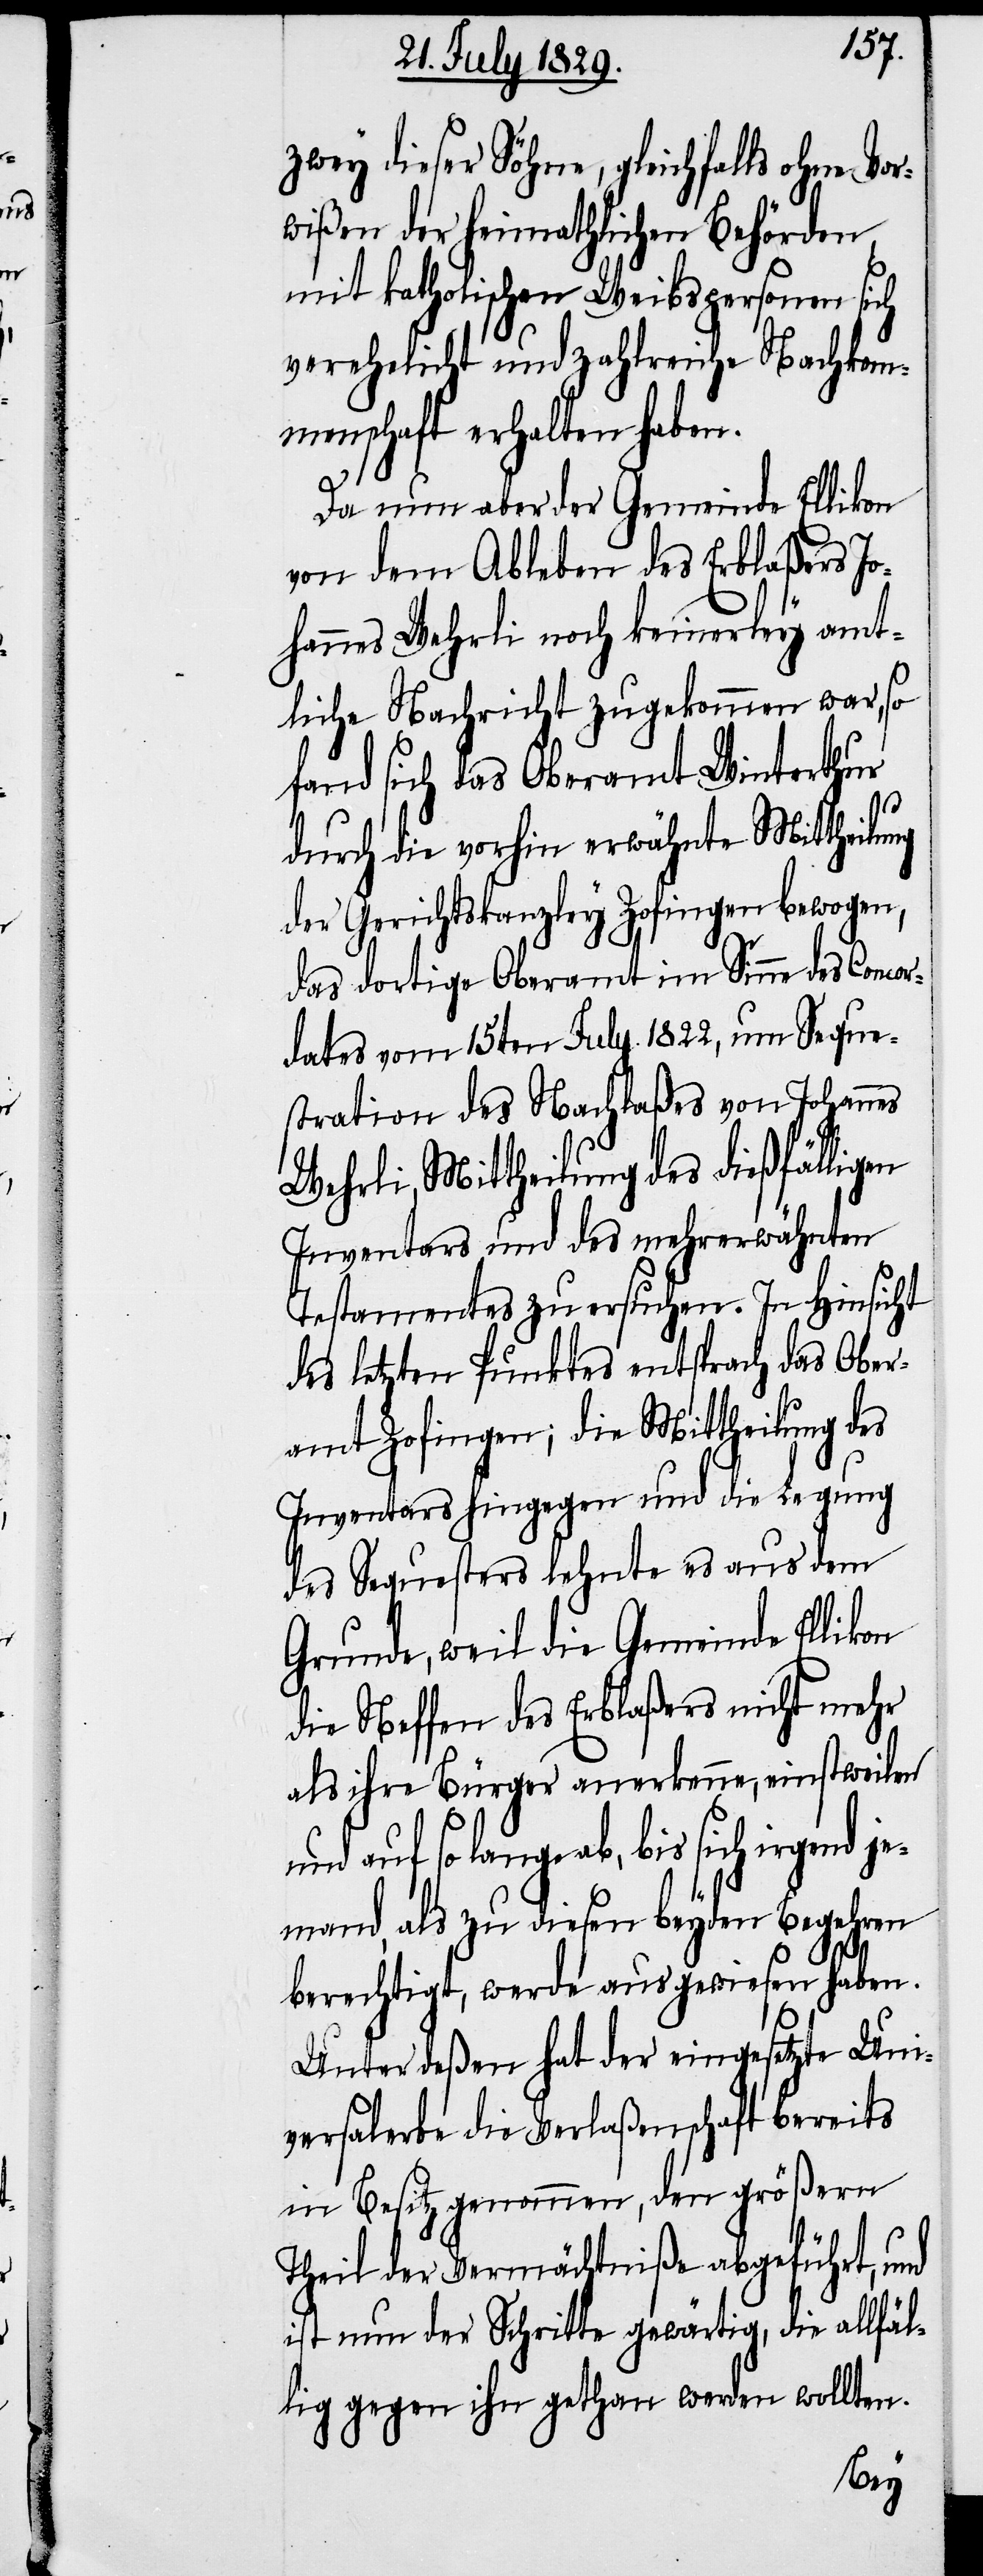
zwey dieser Söhne, gleichfalls ohne Vor¬
wißen der heimathlichen Behörden
mit katholischen Weibspersonen sich
verehelicht und zahlreiche Nachkom¬
menschaft erhalten haben.
Da nun aber der Gemeinde Ellikon
von dem Ableben des Erblaßers J¬
ohannes Wehrli noch keinerley amt¬
liche Nachricht zugekommen war, so
fand sich das Oberamt Winterthur
durch die vorhin erwähnte Mittheilung
der Gerichtskanzley Zofingen bewogen,
das dortige Oberamt im Sinne des Concor¬
dates vom 15ten July 1822, um Seque¬
stration des Nachlaßes von Johannes
Wehrli, Mittheilung des dießfälligen
Inventars, und des mehrerwähnten
Testamentes zu ersuchen. In Hinsicht
des letzten Punktes entsprach das Ober¬
amt Zofingen; die Mittheilung des
Inventars hingegen und die Legung
des Sequesters lehnte es aus dem
Grunde, weil die Gemeinde Ellikon
die Neffen des Erblaßers nicht mehr
als ihre Bürger anerkenne, einstweilen
und auf so lange ab, bis sich irgend j¬
emand, als zu diesen beyden Begehren
berechtigt, werde ausgewiesen haben.
Unterdeßen hat der eingesetzte Uni¬
versalerbe die Verlaßenschaft bereits
in Besitz genommen, den größern
Theil der Vermächtniße abgeführt, und
ist nun der Schritte gewärtig, die allfäl¬
lig gegen in gethan werden wollten.